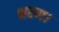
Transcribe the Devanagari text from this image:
क्षरण।